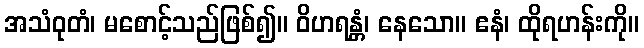
အသံဝုတံ၊ မစောင့်သည်ဖြစ်၍။ ဝိဟရန္တံ၊ နေသော။ ဧနံ၊ ထိုရဟန်းကို။